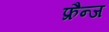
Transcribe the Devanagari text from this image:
फ्रैन्ज